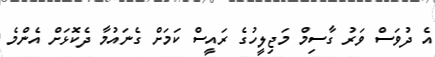
އެ ދުވަސް ވަރު ގާސިމް މަޖިލީހުގެ ރައީސް ކަމަށް ގެނައުމާ ދެކޮޅަށް އެންމެ